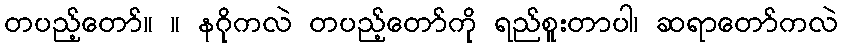
တပည့်တော်။ ။ နဂိုကလဲ တပည့်တော်ကို ရည်စူးတာပါ၊ ဆရာတော်ကလဲ